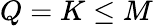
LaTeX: Q=K\le M